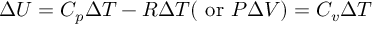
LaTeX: \Delta U = C _ { p } \Delta T - R \Delta T ( { \mathrm { ~ o r ~ } } P \Delta V ) = C _ { v } \Delta T